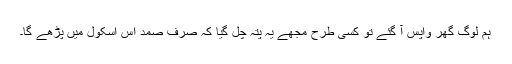
ہم لوگ گھر واپس آ گئے تو کسی طرح مجھے یہ پتہ چل گیا کہ صرف صمد اس اسکول میں پڑھے گا۔